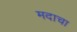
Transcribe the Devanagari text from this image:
मदाचा